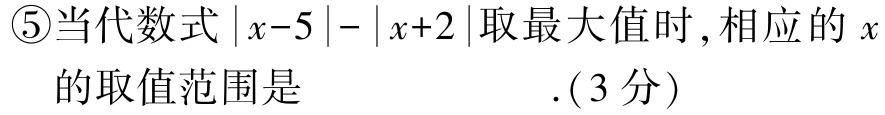
\textcircled{5}当代数式\(\vert x - 5\vert-\vert x + 2\vert\)取最大值时, 相应的\(x\)的取值范围是 .(3分)